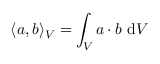
\langle \boldsymbol { a } , \boldsymbol { b } \rangle _ { V } = \int _ { V } \boldsymbol { a } \boldsymbol { \cdot } \boldsymbol { b } \ \mathrm { d } V